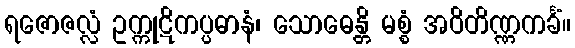
ရဇောဇလ္လံ ဥက္ကုဋိကပ္ပဓာနံ၊ သောဓေန္တိ မစ္စံ အဝိတိဏ္ဏကင်္ခံ။